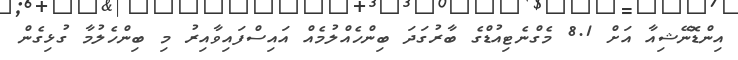
އިންޑޮނޭޝިއާ އަށް 8.1 މެގްނެޓިއުޑްގެ ބާރުގަދަ ބިންހެއްލުމެއް އައިސްފައިވާއިރު މި ބިންހެލުމާ ގުޅިގެން